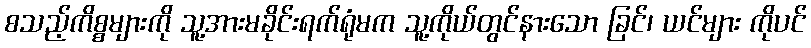
စသည့်ကိစ္စများကို သူ့အားမခိုင်းရက်ရုံမက သူ့ကိုယ်တွင်နားသော ခြင်၊ ယင်များ ကိုပင်